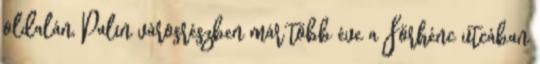
oldalán, Palin városrészben már több éve a Förhénc utcában